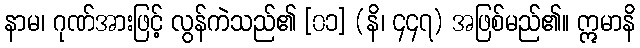
နာမ၊ ဂုဏ်အားဖြင့် လွန်ကဲသည်၏ [၀၁] (နိ၊ ၄၄၇) အဖြစ်မည်၏။ ဣမာနိ